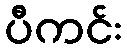
ပီကင်း